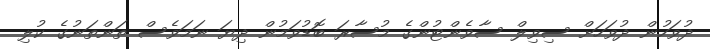
ދުވަހުން ދުވަހަށް ސިވިލް ސާވެންޓުންގެ މުސާރަ ބޮޑުވަމުން ދިޔަ ނަމަވެސް ތަންތަނުގެ ކުލި